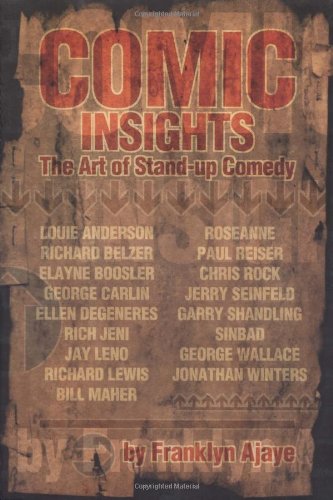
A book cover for Comic Insights: The Art of Stand-Up Comedy; Franklyn Ajaye; Humor & Entertainment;